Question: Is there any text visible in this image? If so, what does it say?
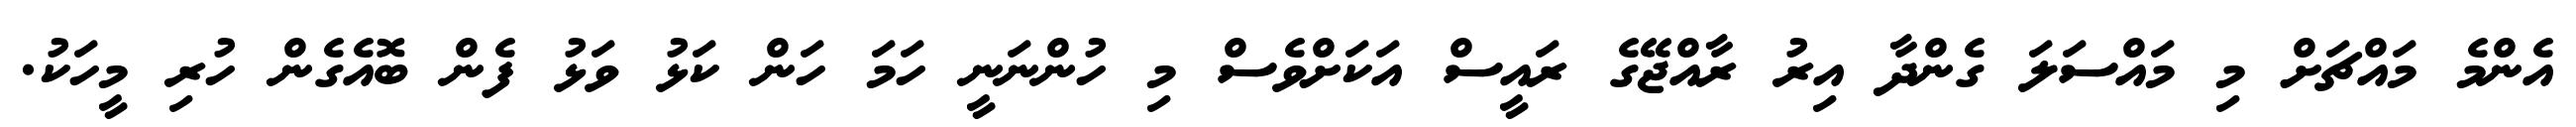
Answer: އެންމެ މައްޗަށް މި މައްސަލަ ގެންދާ އިރު ރާއްޖޭގެ ރައީސް އަކަށްވެސް މި ހުންނަނީ ހަމަ ހަން ކަޅު ވަޅު ފެން ބޮއެގެން ހުރި މީހަކު.